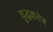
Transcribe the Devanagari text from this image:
वृद्धकरंज